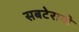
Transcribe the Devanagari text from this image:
सबटेरानी